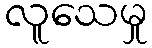
လူသေမှု